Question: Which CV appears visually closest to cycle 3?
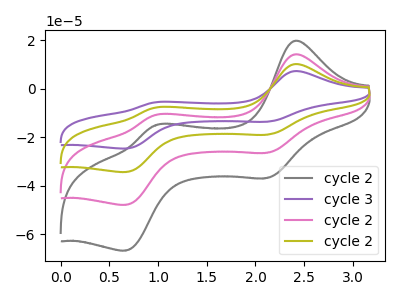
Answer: <think>The gray curve "cycle 2" has anodic peaks at (2.40V, 19.75uA) (0.95V, -15.00uA) and cathodic peaks at (2.10V, -36.75uA) (0.65V, -66.70uA). The purple curve "cycle 3" has anodic peaks at (2.40V, 42.45uA) (0.95V, -32.30uA) and cathodic peaks at (2.10V, -79.15uA) (0.65V, -143.50uA). The pink curve "cycle 2" has anodic peaks at (2.40V, 14.15uA) (0.95V, -10.75uA) and cathodic peaks at (2.10V, -26.40uA) (0.65V, -47.85uA). The olive curve "cycle 2" has anodic peaks at (2.40V, 28.30uA) (0.95V, -21.55uA) and cathodic peaks at (2.10V, -52.75uA) (0.65V, -95.70uA).
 All the peaks in "cycle 2" have a peak in "cycle 3" at the same potential. All the peaks in "cycle 2" have a peak in "cycle 2" at the same potential. All the peaks in "cycle 2" have a peak in "cycle 2" at the same potential. All the peaks in "cycle 3" have a peak in "cycle 2" at the same potential. All the peaks in "cycle 3" have a peak in "cycle 2" at the same potential. All the peaks in "cycle 2" have a peak in "cycle 2" at the same potential.</think>
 <answer>"cycle 3", "cycle 2" and "cycle 2" have a similar shape to "cycle 2".</answer>
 <eval>"cycle 3" "cycle 2" "cycle 2"</eval>